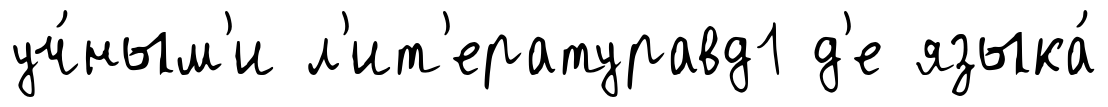
уч́ным'и л'ит'ературавд1 д'е языка́